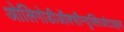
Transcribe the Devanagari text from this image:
ओलिगोडीऑक्सीन्यूक्लिओटाइड्स